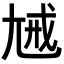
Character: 𡯰